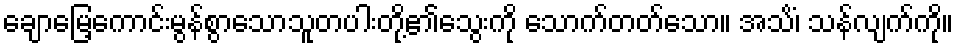
ချောမြေ့ကောင်းမွန်စွာသောသူတပါးတို့၏သွေးကို သောက်တတ်သော။ အသိံ၊ သန်လျက်ကို။